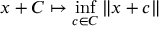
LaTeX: x + C \mapsto \operatorname* { i n f } _ { c \in C } \| x + c \|